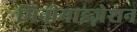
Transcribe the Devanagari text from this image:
मिनीमाइज़ेशन